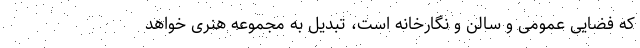
که فضایی عمومی و سالن و نگارخانه‌ است، تبدیل به مجموعه هنری خواهد